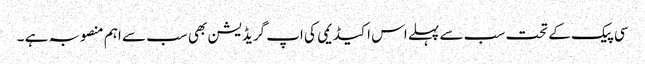
سی پیک کے تحت سب سے پہلے اس اکیڈیمی کی اپ گریڈیشن بھی سب سے اہم منصوبہ ہے ۔